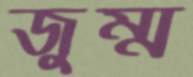
জুম্ম